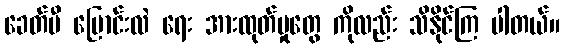
ခေတ်မီ ပြောင်းလဲ ရေး အားထုတ်မှုတွေ ကိုလည်း သိနိုင်ကြ ပါတယ်။